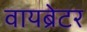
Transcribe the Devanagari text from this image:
वायब्रेटर